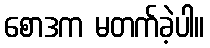
စောဒက မတက်ခဲ့ပါ။